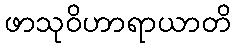
ဖာသုဝိဟာရာယာတိ